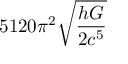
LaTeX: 5 1 2 0 \pi ^ { 2 } { \sqrt { \frac { h G } { 2 c ^ { 5 } } } }